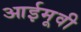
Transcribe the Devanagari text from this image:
आईमूवी